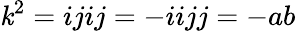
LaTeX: \mathit{k}^{2}=ijij=-iijj=-ab